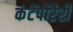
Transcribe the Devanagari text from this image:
कंटेंपोरैरी